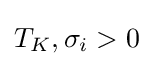
T_{K},\sigma _{i}>0